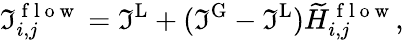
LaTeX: \Im_{i,j}^{\mathrm{~f~l~o~w~}}=\Im^{\textrm{L}}+(\Im^{\textrm{G}}-\Im^{\textrm{L}})\widetilde{H}_{i,j}^{\mathrm{~f~l~o~w~}},